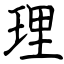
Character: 理